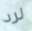
لرد